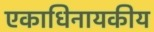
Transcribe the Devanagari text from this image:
एकाधिनायकीय